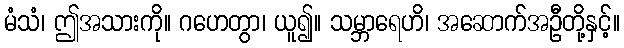
မံသံ၊ ဤအသားကို။ ဂဟေတွာ၊ ယူ၍။ သမ္ဘာရေဟိ၊ အဆောက်အဦတို့နှင့်။